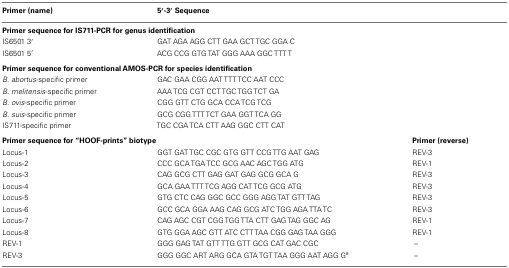
<table><thead><tr><td><b>Primer (name)</b></td><td><b>5′-3′Sequence</b></td></tr></thead><tbody><tr><td colspan="3"><b>Primer sequence for IS711-PCR for genus identification</b></td></tr><tr><td>IS6501 3′</td><td>GAT AGA AGG CTT GAA GCT TGC GGA C</td></tr><tr><td>IS6501 5′</td><td>ACG CCG GTG TAT GGG AAA GGC TTT T</td></tr><tr><td colspan="3"><b>Primer sequence for conventional AMOS-PCR for species identification</b></td></tr><tr><td><i>B. abortus</i>-specific primer</td><td>GAC GAA CGG AAT TTT TCC AAT CCC</td></tr><tr><td><i>B. melitensis</i>-specific primer</td><td>AAA TCG CGT CCT TGC TGG TCT GA</td></tr><tr><td><i>B. ovis</i>-specific primer</td><td>CGG GTT CTG GCA CCA TCG TCG</td></tr><tr><td><i>B. suis</i>-specific primer</td><td>GCG CGG TTT TCT GAA GGT TCA GG</td></tr><tr><td>IS711-specific primer</td><td>TGC CGA TCA CTT AAG GGC CTT CAT</td></tr><tr><td colspan="2"><b>Primer sequence for “HOOF-prints” biotype</b></td><td><b>Primer (reverse)</b></td></tr><tr><td>Locus-1</td><td>GGT GAT TGC CGC GTG GTT CCG TTG AAT GAG</td><td>REV-3</td></tr><tr><td>Locus-2</td><td>CCC GCA TGA TCC GCG AAC AGC TGG ATG</td><td>REV-1</td></tr><tr><td>Locus-3</td><td>CAG GCG CTT GAG GAT GAG GCG GCA G</td><td>REV-3</td></tr><tr><td>Locus-4</td><td>GCA GAA TTT TCG AGG CAT TCG GCG ATG</td><td>REV-3</td></tr><tr><td>Locus-5</td><td>GTG CTC CAG GGC GCC GGG AGG TAT GTT TAG</td><td>REV-3</td></tr><tr><td>Locus-6</td><td>GCC GCA GGA AAG CAG GCG ATC TGG AGA TTA TC</td><td>REV-3</td></tr><tr><td>Locus-7</td><td>CAG AGC CGT CGG TGG TTA CTT GAG TAG GGC AG</td><td>REV-1</td></tr><tr><td>Locus-8</td><td>GTG GGA AGC GTT ATC CTT TAA CGG GAG TAA GGG</td><td>REV-1</td></tr><tr><td>REV-1</td><td>GGG GAG TAT GTT TTG GTT GCG CAT GAC CGC</td><td>–</td></tr><tr><td>REV-3</td><td>GGG GGC ART ARG GCA GTA TGT TAA GGG AAT AGG G<sup>a</sup></td><td>–</td></tr></tbody></table>